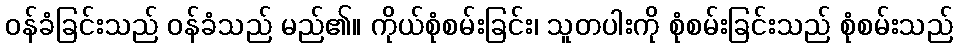
ဝန်ခံခြင်းသည် ဝန်ခံသည် မည်၏။ ကိုယ်စုံစမ်းခြင်း၊ သူတပါးကို စုံစမ်းခြင်းသည် စုံစမ်းသည်